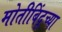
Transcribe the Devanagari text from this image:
मोतीबिंदूच्या